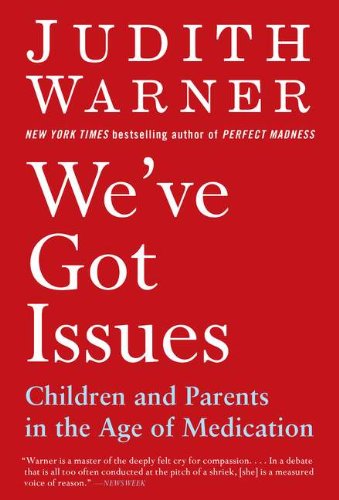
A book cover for We've Got Issues: Children and Parents in the Age of Medication; Judith Warner; Health, Fitness & Dieting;